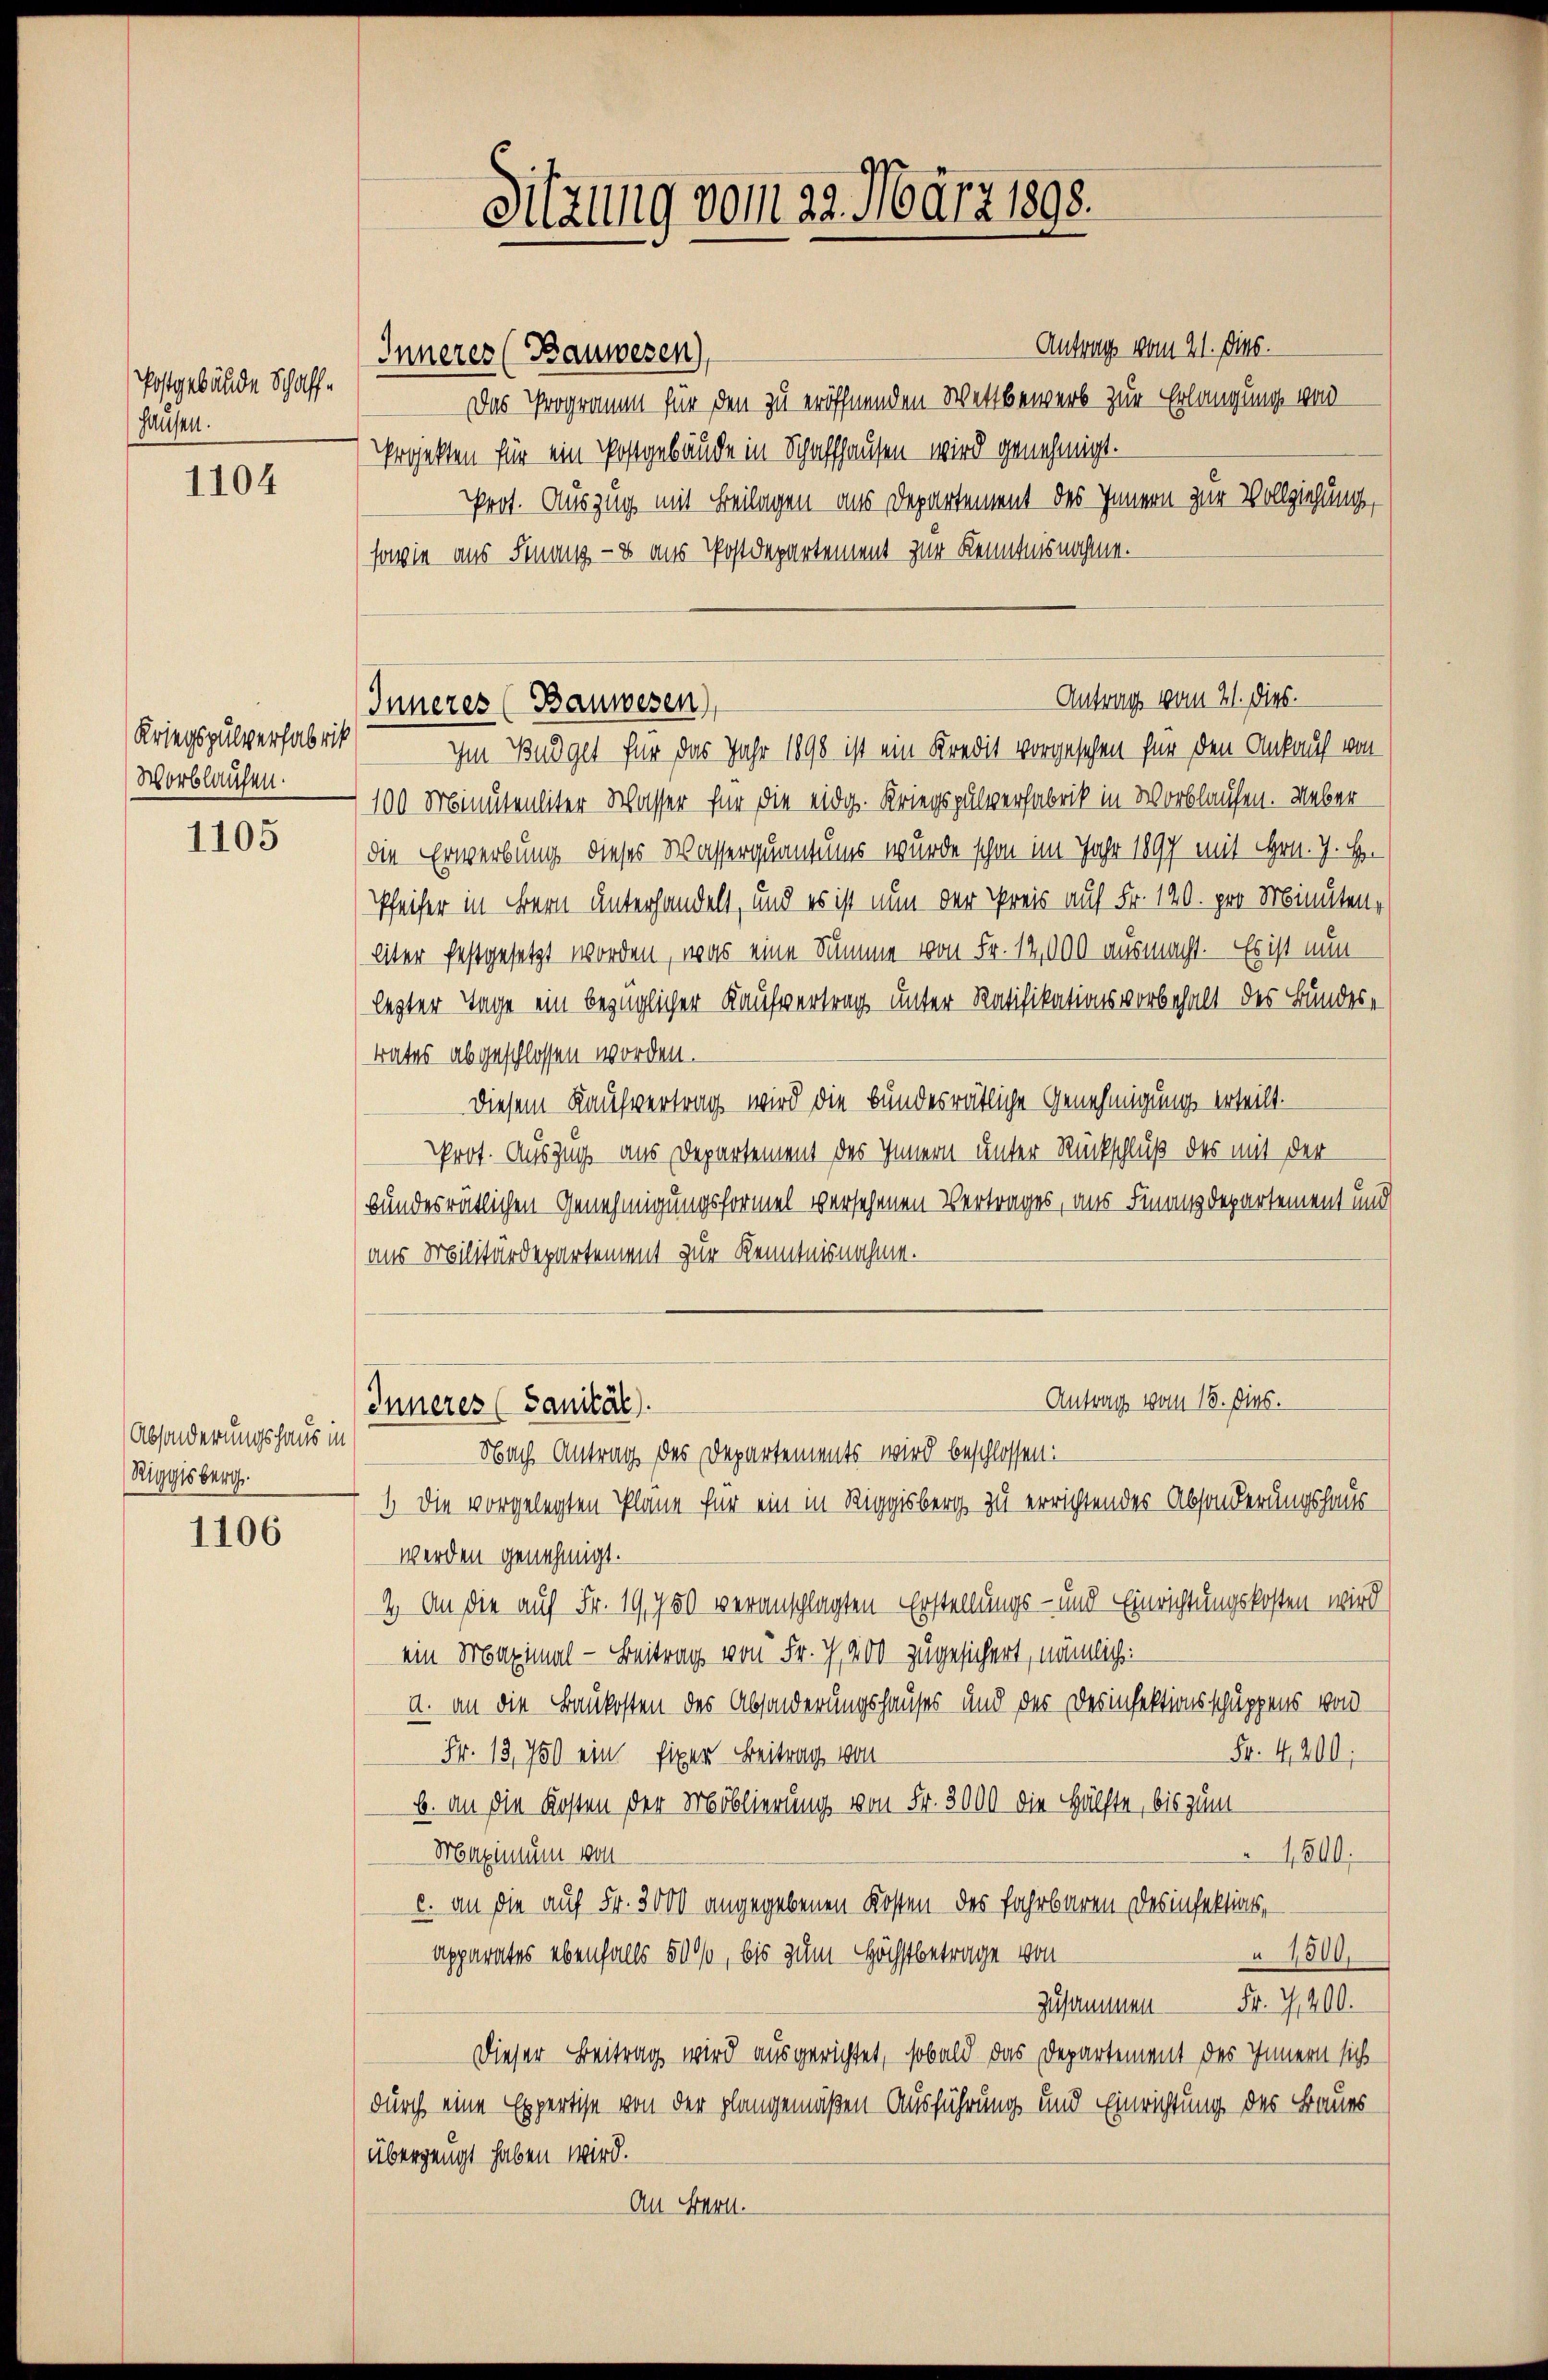
Postgebäude Schaffhausen.

1104

Kriegspulverfabrik
Worblaufen.

1105

1106

(Absonderungshaus in
Riggisberg.

Antrag vom 21. Dies.
Inneres (Bauwesen,
Das Programm für den zu eröffnenden Wettbewerb zur Erlangung ward
Projekten für ein Postgebäude in Schaffhausen wird genehmigt.
Prot. Auszug mit Beilagen aus Departement des Innern zur Vollziehung,
sowie aus Finanz- & aus Postdepartement zur Kenntnisnahme.

100 Minutenliter Wasser für die eidg. Kriegspulverfabrik in Wortlaufen. Ueber
die Erwerbung dieses Wasserquantums wurde schon im Jahr 1897 mit Hrn. J. H.
Pfeifer in Bern unterhandelt, und es ist nun der Preis auf Fr. 140. pro Minuten,
liter festgesetzt worden, was eine Summe von Fr. 12,000 ausmacht. Es ist nun
legter Tage ein bezüglicher Kaufvertrag unter Ratifikationsvorbehalt des Bundestrates abgeschlossen worden.
Diesem Kaufvertrag wird die bundesrätliche Genehmigung erteilt.
Prot. Auszug aus Departement des Innern unter Rückschluß des mit der
bundesratlichen Genehmigungsformel versehenen Vertrages, aus Finanzdepartement und
aus Militärdepartement zur Kenntnisnahme.
Nach Antrag des Departements wird beschlossen:
1.) Die vorgelegten Plane für ein in Riggisberg zu errichtendes Absonderungshauswerden genehmigt.
4. An die auf Fr. 19750 veranschlagten Erstellungs- und Einrichtungskosten wird
ein Maximal - Beitrag von Fr. 7. 200 zugesichert, nämlich:
a. an die Baukosten des Absonderungshauses und der Desinfektionsschuppens von
Fr. 4200;
Fr. 13. 750 ein fixen Beitrag von
b. an die Kosten der Moblierung von Fr. 3000 die Hälfte, bis zum
Maximum von
4200.
c. an die auf Fr. 3000 angegebenen Kosten des Fahrbaren des infektions,
1500.
Apparates ebenfalls 5000, bis zum Höchstbetrage von
Zusammen Fr. 71400.
Dieser Beitrag wird ausgerichtet, sobald das Departement des Innern sich
durch eine Expertise von der plangemäßen Ausführung und Einrichtung des Baues
übergengt haben wird.
An Hrn.

Antrag vom 21. dies.
Inneres (Bauwesen,
Im Budget für das Jahr 1890 ist ein Kredit vorgesehen für den Ankauf von

Inneres (Sanität).

Sitzung vom 22. März 1898.

Antrag vom 13. Dies.